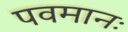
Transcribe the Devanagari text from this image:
पवमानः